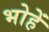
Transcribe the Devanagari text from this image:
भोहें